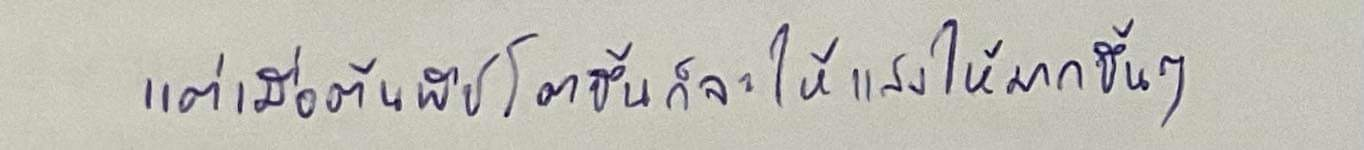
แต่เมื่อต้นพืชโตขึ้นก็จะให้แสงให้มากขึ้นๆ